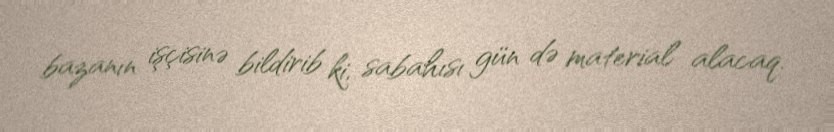
bazanın işçisinə bildirib ki, sabahısı gün də material alacaq.